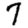
Digit: 7